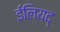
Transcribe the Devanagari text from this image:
ईलियद्